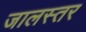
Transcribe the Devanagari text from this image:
जालस्तर